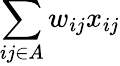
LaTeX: \sum_{ij\in A}w_{ij}x_{ij}